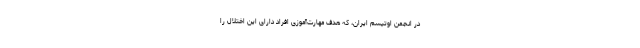
در انجمن اوتیسم ایران، که هدف مهارت‌آموزی افراد دارای این اختلال را